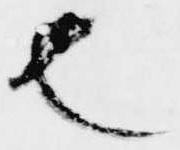
也